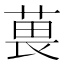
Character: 葨